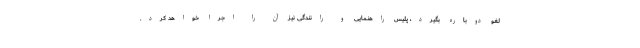
لغو دوباره بگیرد، پلیس راهنمایی و رانندگی نیز آن را اجرا خواهد کرد.